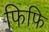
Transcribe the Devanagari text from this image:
फिफि